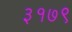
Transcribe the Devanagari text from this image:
३१७९